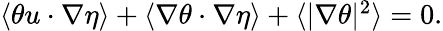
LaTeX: \begin{array}{r}{\langle\theta u\cdot\nabla\eta\rangle+\langle\nabla\theta\cdot\nabla\eta\rangle+\langle|\nabla\theta|^{2}\rangle=0.}\end{array}